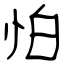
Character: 怕